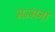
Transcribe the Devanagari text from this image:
मन्मना